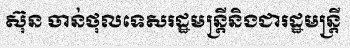
ស៊ុន ចាន់ថុលទេសរដ្ឋមន្ត្រីនិងជារដ្ឋមន្ត្រី